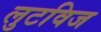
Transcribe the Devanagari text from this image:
लुटविज